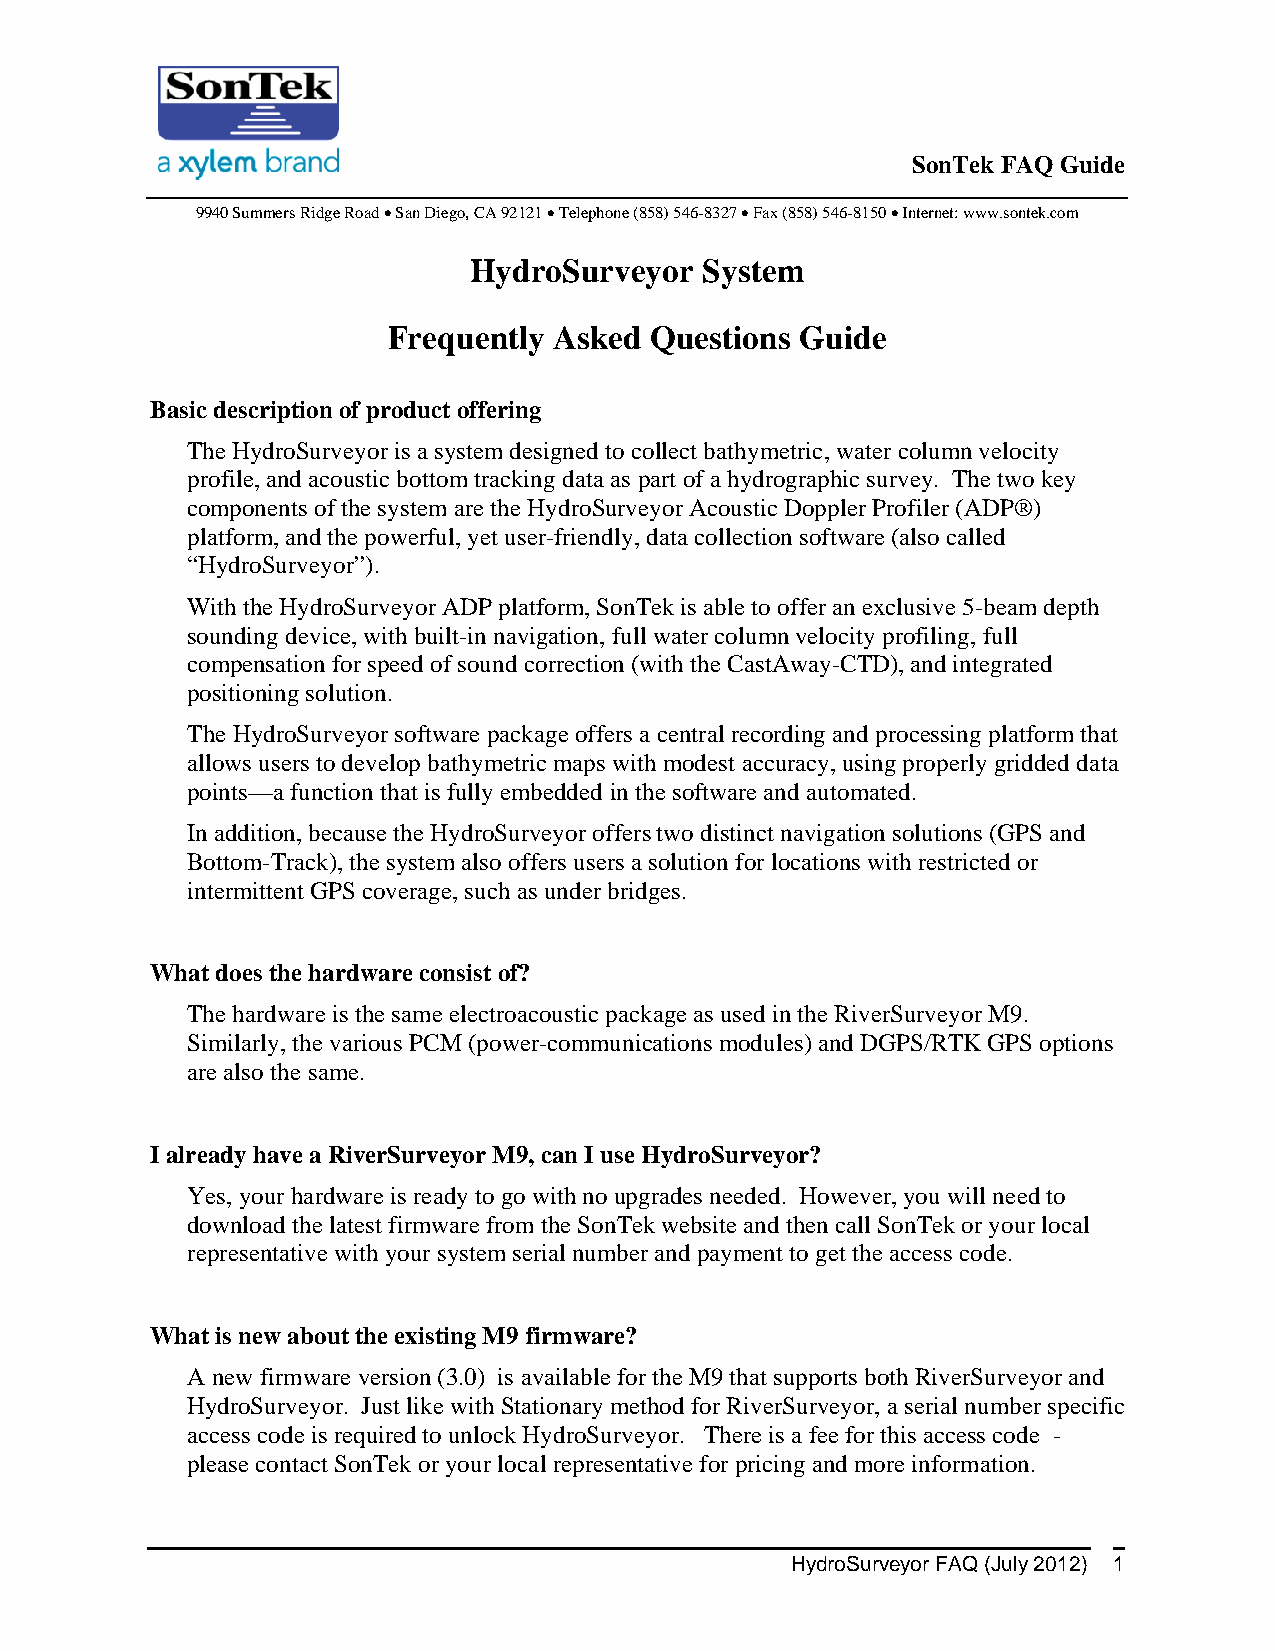
SonTek FAQ Guide
 9940 Summers Ridge Road  San Diego, CA 92121  Telephone (858) 546-8327  Fax (858) 546-8150  Internet: www.sontek.com
 HydroSurveyor   System
 Frequently Asked Questions Guide
 Basic description of product offering
 The HydroSurveyor is a system designed to collect bathymetric, water column velocity
 profile, and acoustic bottom tracking data as part of a hydrographic survey. The two key
 components of the system are the HydroSurveyor Acoustic Doppler Profiler (ADP®)
 platform, and the powerful, yet user-friendly, data collection software (also called
 “HydroSurveyor”).
 With the HydroSurveyor ADP platform, SonTek is able to offer an exclusive 5-beam depth
 sounding device, with built-in navigation, full water column velocity profiling, full
 compensation for speed of sound correction (with the CastAway-CTD), and integrated
 positioning solution.
 The HydroSurveyor software package offers a central recording and processing platform that
 allows users to develop bathymetric maps with modest accuracy, using properly gridded data
 points—a function that is fully embedded in the software and automated.
 In addition, because the HydroSurveyor offers two distinct navigation solutions (GPS and
 Bottom-Track), the system also offers users a solution for locations with restricted or
 intermittent GPS coverage, such as under bridges.
 What does the hardware consist of?
 The hardware is the same electroacoustic package as used in the RiverSurveyor M9.
 Similarly, the various PCM (power-communications modules) and DGPS/RTK GPS options
 are also the same.
 I already have a RiverSurveyor M9, can I use HydroSurveyor?
 Yes, your hardware is ready to go with no upgrades needed. However, you will need to
 download the latest firmware from the SonTek website and then call SonTek or your local
 representative with your system serial number and payment to get the access code.
 What is new about the existing M9 firmware?
 A new firmware version (3.0) is available for the M9 that supports both RiverSurveyor and
 HydroSurveyor. Just like with Stationary method for RiverSurveyor, a serial number specific
 access code is required to unlock HydroSurveyor. There is a fee for this access code -
 please contact SonTek or your local representative for pricing and more information.
 HydroSurveyor FAQ (July 2012) 1